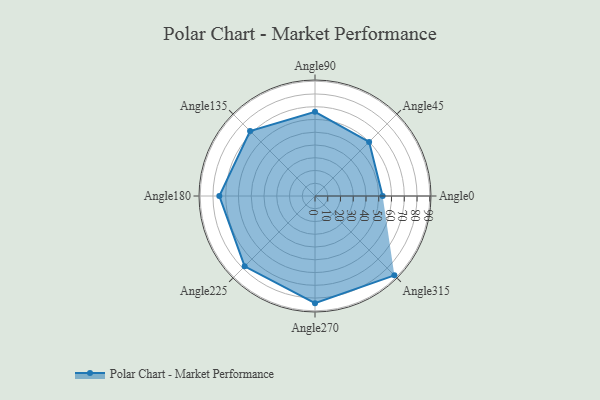
{"axis": {"x": "Angle", "y": "Radius"}, "legend": [""], "data": [{"x": "Angle0", "y": 53.0, "type": ""}, {"x": "Angle45", "y": 60.0, "type": ""}, {"x": "Angle90", "y": 66.0, "type": ""}, {"x": "Angle135", "y": 72.0, "type": ""}, {"x": "Angle180", "y": 75.0, "type": ""}, {"x": "Angle225", "y": 78.0, "type": ""}, {"x": "Angle270", "y": 84.0, "type": ""}, {"x": "Angle315", "y": 88.0, "type": ""}]}